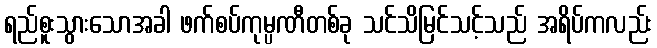
ရည်စူးသွားသောအခါ ဖက်စပ်ကုမ္ပဏီတစ်ခု သင်သိမြင်သင့်သည် အရိပ်ကလည်း